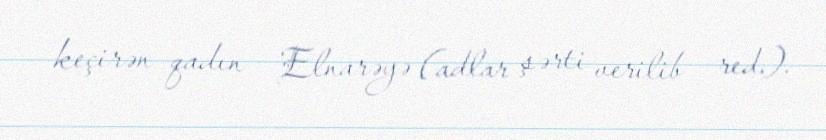
keçirən qadın – Elnarəyə (adlar şərti verilib – red.).